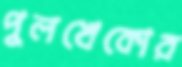
পুলখেকোর